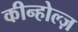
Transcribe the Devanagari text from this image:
कीन्होल्ज़